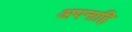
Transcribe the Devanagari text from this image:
अपनाहि